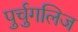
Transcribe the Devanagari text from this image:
पुर्चुगलिज